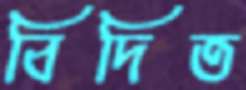
বিদিত